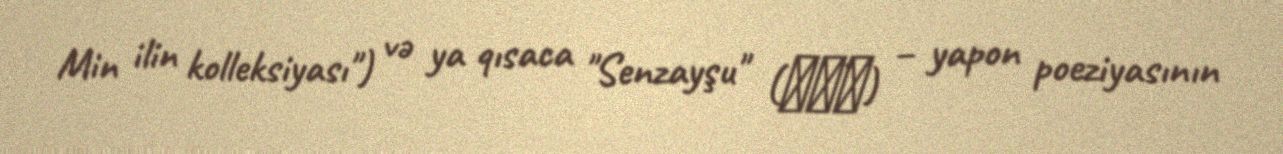
Min ilin kolleksiyası") və ya qısaca "Senzayşu" (千載集) – yapon poeziyasının